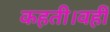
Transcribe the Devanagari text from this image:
कहती।वहीं